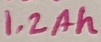
Text: 1.2Ah